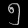
Digit: ၅